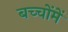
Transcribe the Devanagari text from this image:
बच्‍चोंमें